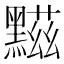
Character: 𪑿